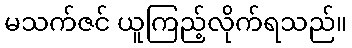
မသက်ဇင် ယူကြည့်လိုက်ရသည်။